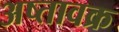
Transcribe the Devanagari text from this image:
अष्तावक्र